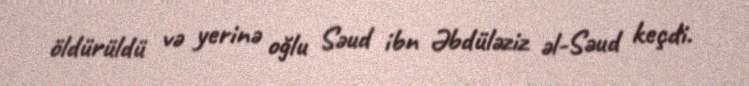
öldürüldü və yerinə oğlu Səud ibn Əbdüləziz əl-Səud keçdi.